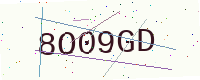
Text: 8O09GD